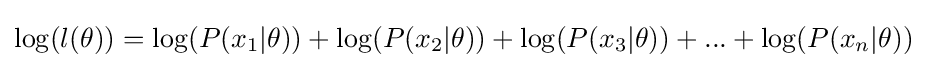
\log(l(\theta ))=\log(P(x_{1}|\theta ))+\log(P(x_{2}|\theta ))+\log(P(x_{3}|\theta ))+...+\log(P(x_{n}|\theta ))